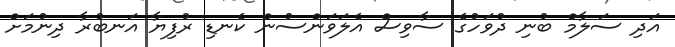
އަދި ސަލާމް ބުނި ދުވަހުގެ ސާވިސް އެލަވަންސުން ކެނޑި ރުފިޔާ އަނބުރާ ދިނުމަށް